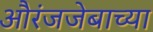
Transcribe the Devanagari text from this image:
औरंजजेबाच्या